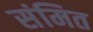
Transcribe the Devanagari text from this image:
संमित